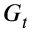
G _ { t }